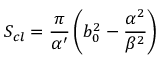
S _ { c l } = \frac { \pi } { \alpha ^ { \prime } } \left( b _ { 0 } ^ { 2 } - \frac { \alpha ^ { 2 } } { \beta ^ { 2 } } \right)